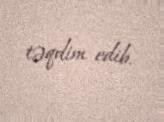
təqdim edib.